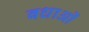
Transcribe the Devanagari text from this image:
बधाओं